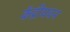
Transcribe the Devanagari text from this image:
केंद्रीयवन